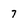
Character: 7